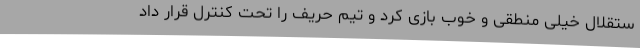
ستقلال خیلی منطقی و خوب بازی کرد و تیم حریف را تحت کنترل قرار داد